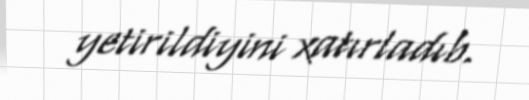
yetirildiyini xatırladıb.